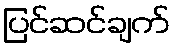
ပြင်ဆင်ချက်